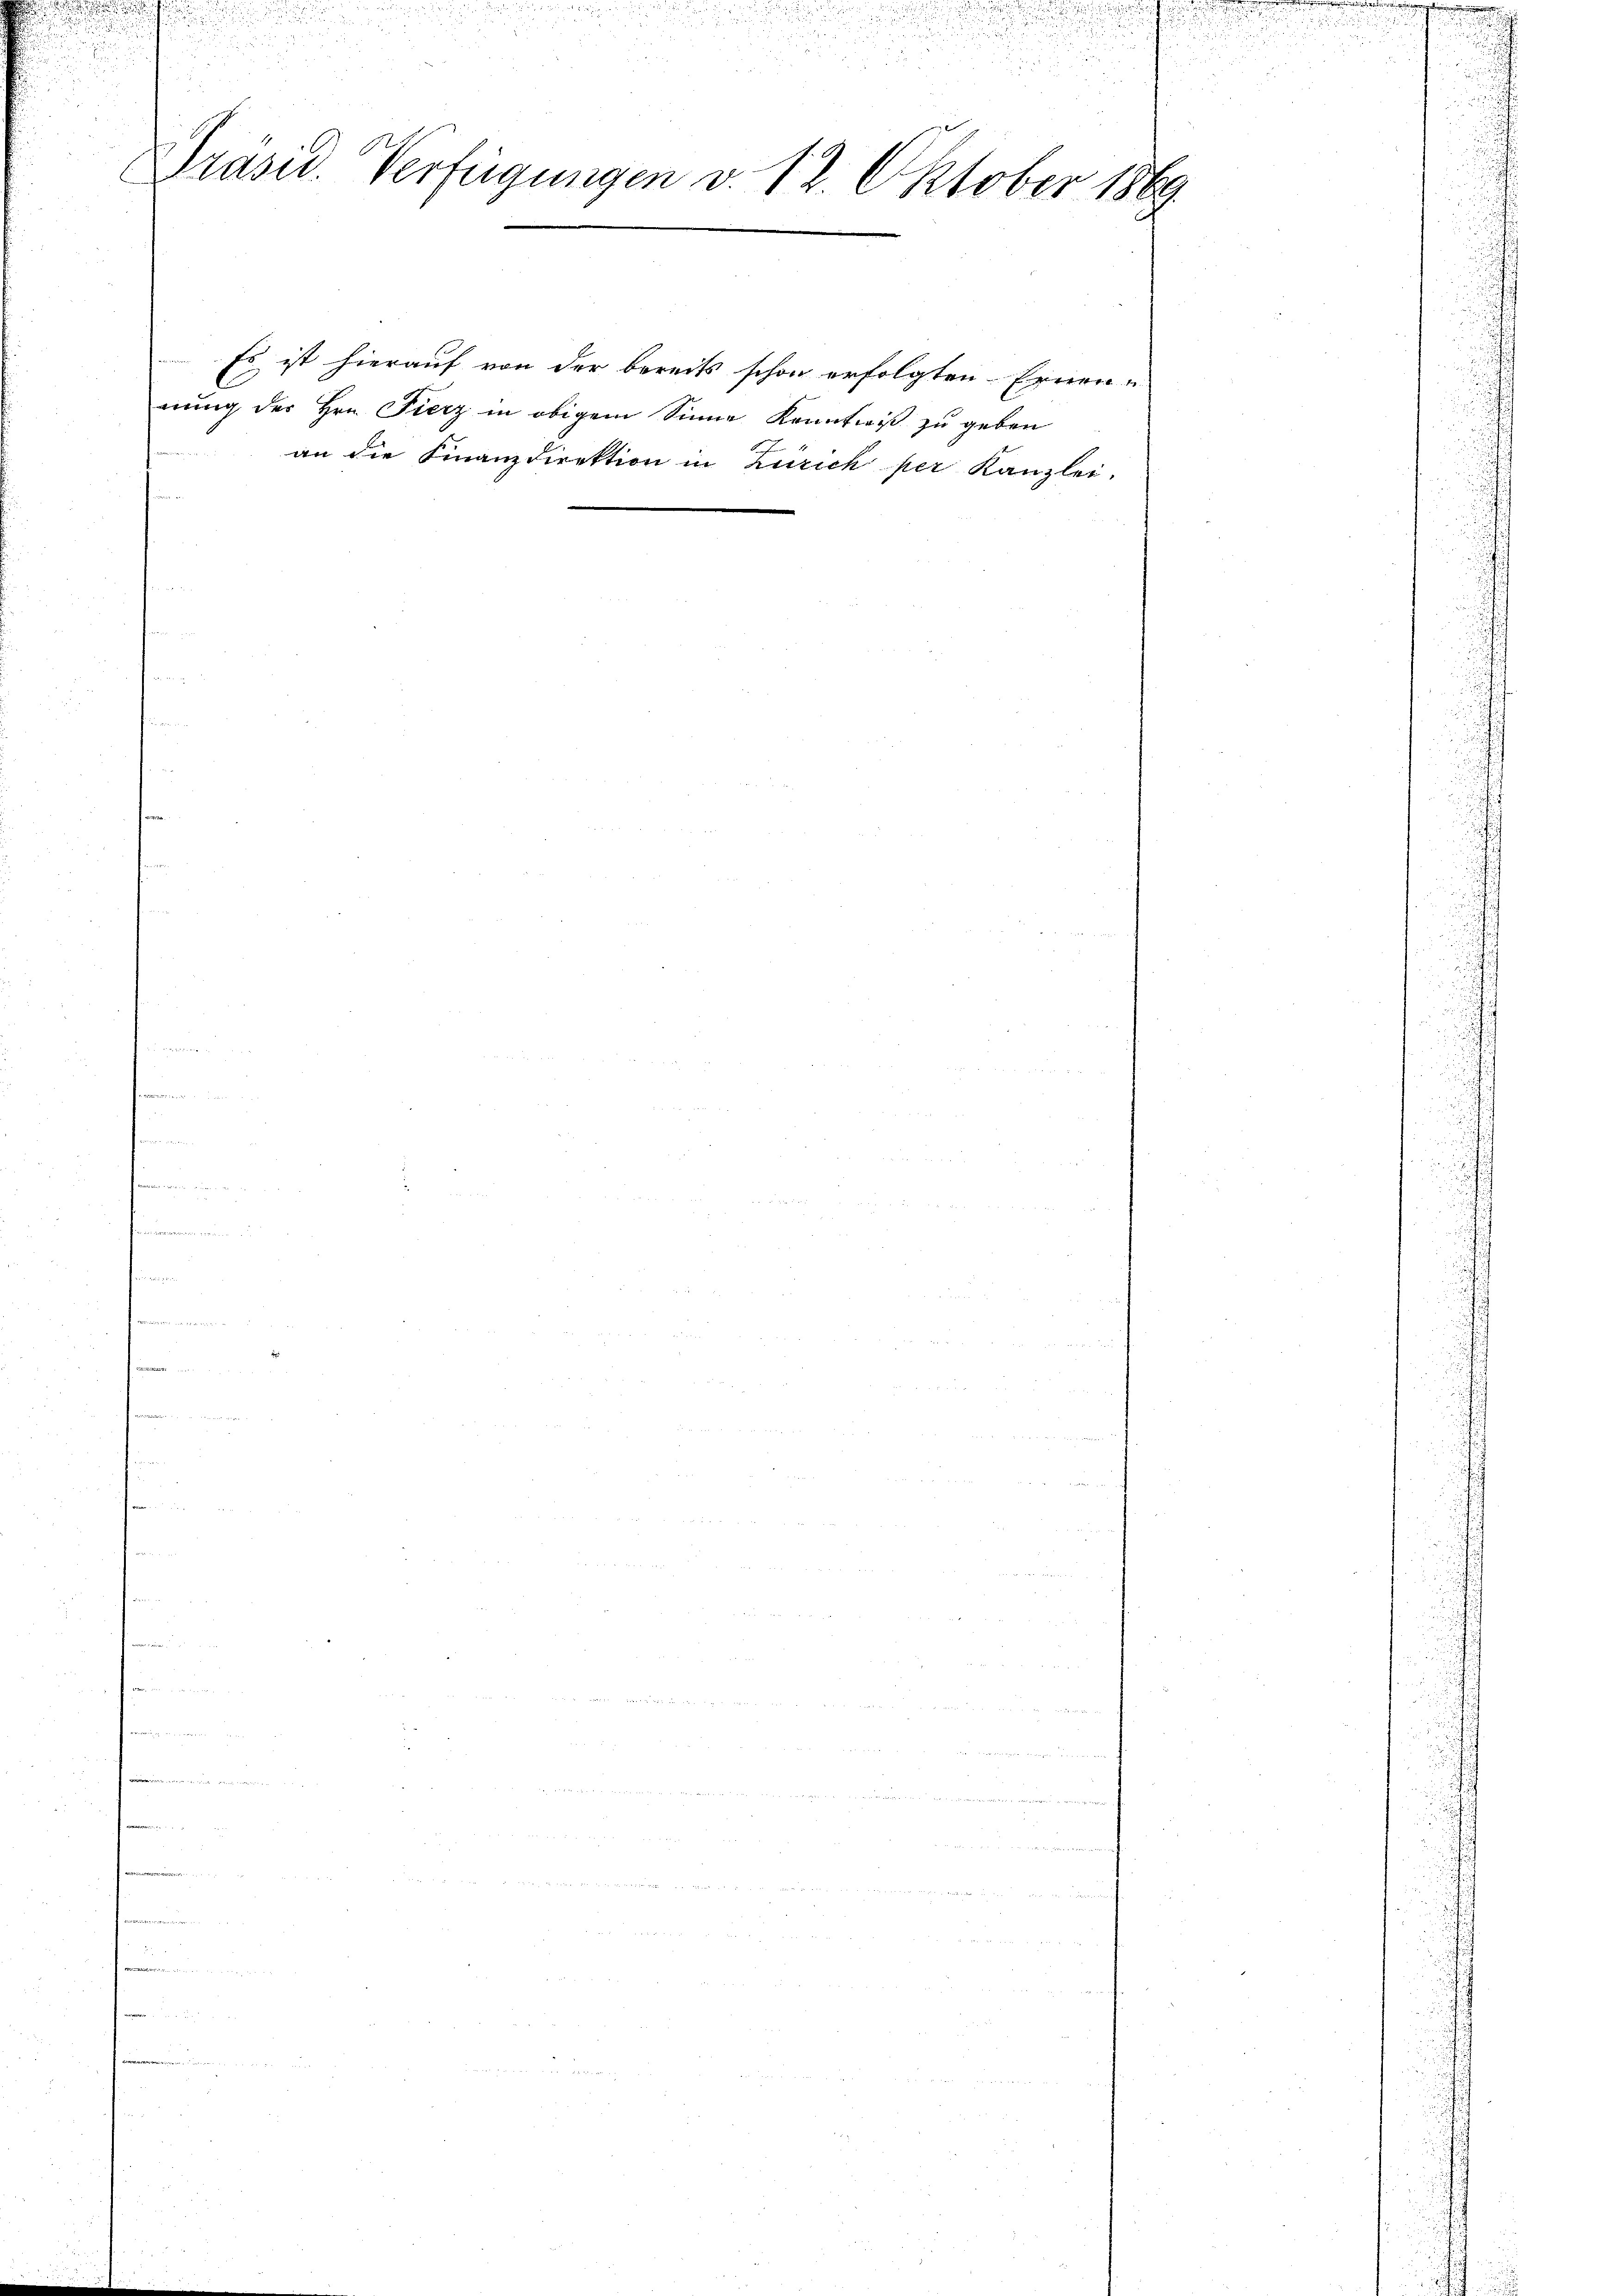
Präsid. Verfügungen v. 12. Oktober 1869

Es ist hierauf von der bereits schon erfolgten Ernen u
nung der Hrn. Fierz in obigem Sinne Kenntniß zu geben
an die Finanzdirektion in Zürich per Kanzlei.

c

.